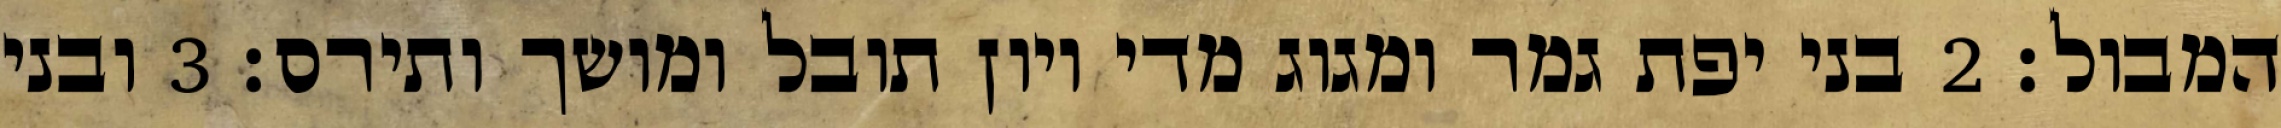
המבול׃ ‎2‏ בני יפת גמר ומגוג מדי ויון תובל ומושך ותירס׃ ‎3‏ ובני